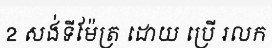
2 សង់ទីម៉ែត្រ ដោយ ប្រើ រលក